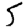
Digit: 5